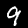
Label: 9